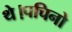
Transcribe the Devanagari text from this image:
थे।पचिनो